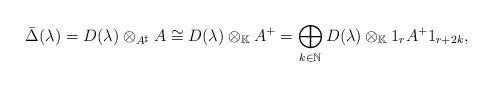
LaTeX: \begin{align*} \bar \Delta(\lambda)=D(\lambda) \otimes _{A^\sharp}A\cong D(\lambda)\otimes_{\mathbb K} A^+=\bigoplus _{k\in\mathbb N} D(\lambda) \otimes_{\mathbb K} 1_{r}A^+1_{r+2k},\end{align*}